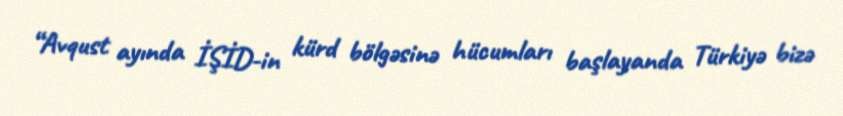
“Avqust ayında İŞİD-in kürd bölgəsinə hücumları başlayanda Türkiyə bizə